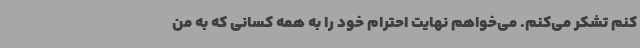
کنم تشکر می‌کنم. می‌خواهم نهایت احترام خود را به همه کسانی که به من